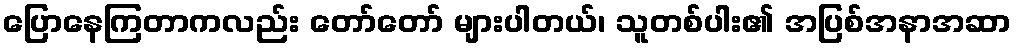
ပြောနေကြတာကလည်း တော်တော် များပါတယ်၊ သူတစ်ပါး၏ အပြစ်အနာအဆာ